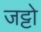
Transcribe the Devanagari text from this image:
जट्टो